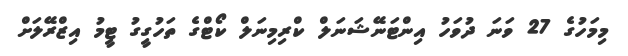
މިމަހުގެ 27 ވަނަ ދުވަހު އިންޓަނޭޝަނަލް ކްރިމިނަލް ކޯޓްގެ ތަހުގީގު ޓީމު އިޒްރޭލަށް